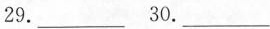
29.___ 30.___